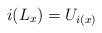
LaTeX: \begin{align*}i(L_x)=U_{i(x)}\end{align*}